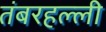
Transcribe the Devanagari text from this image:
तंबरहल्ली